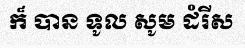
ក៏ បាន ទូល សូម ដំរីស